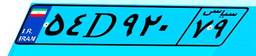
۱۲D۴۶۶۵۱